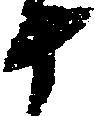
十